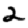
Digit: 2